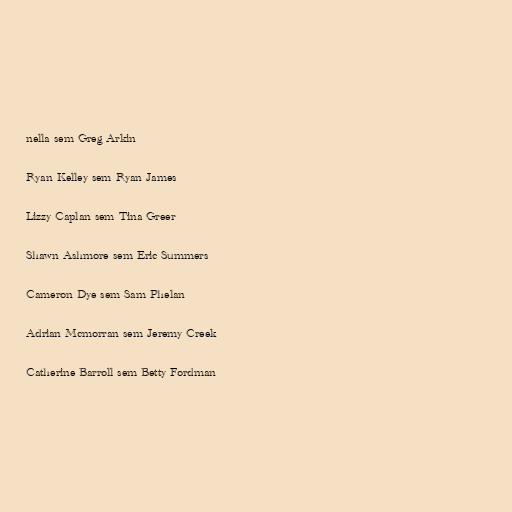
nella sem Greg Arkin

Ryan Kelley sem Ryan James

Lizzy Caplan sem Tina Greer

Shawn Ashmore sem Eric Summers

Cameron Dye sem Sam Phelan

Adrian Mcmorran sem Jeremy Creek

Catherine Barroll sem Betty Fordman